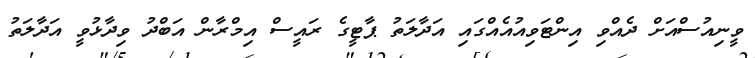
ވީނިއުސްއަށް ދެއްވި އިންޓަވިއުއެއްގައި އަދާލަތު ޕާޓީގެ ރައީސް އިމްރާން އަބްދު ވިދާޅުވީ އަދާލަތު